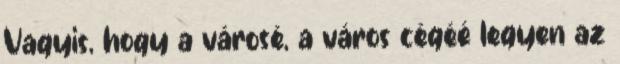
Vagyis, hogy a városé, a város cégéé legyen az